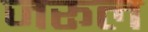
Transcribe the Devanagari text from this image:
जरूल